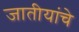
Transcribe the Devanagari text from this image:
जातीयांचे